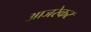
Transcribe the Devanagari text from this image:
आजरेकर